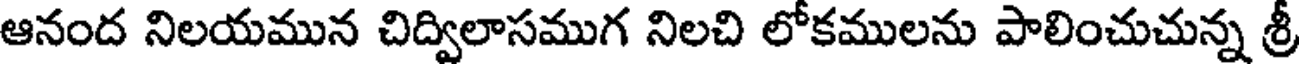
ఆనంద నిలయమున చిద్విలాసముగ నిలచి లోకములను పాలించుచున్న శ్రీ